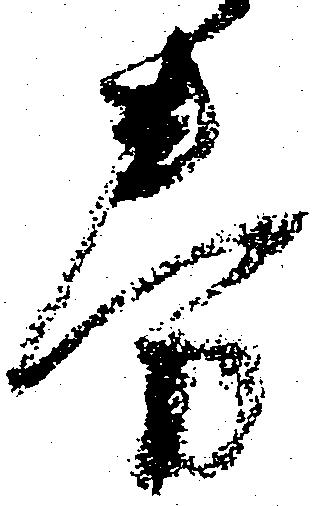
券